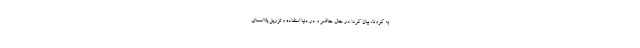
به کرونا، بیان کرد: در حال حاضر و در دنیا استفاده و تزریق پلاسمای